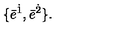
\{ \bar { e } ^ { \dot { 1 } } , \bar { e } ^ { \dot { 2 } } \} .